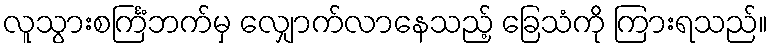
လူသွားစင်္ကြံဘက်မှ လျှောက်လာနေသည့် ခြေသံကို ကြားရသည်။